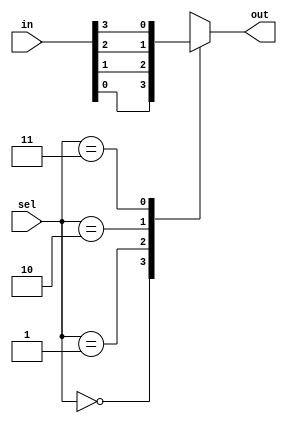
/****************************************************
Developer    : Devang vekariya
Module       : mux 4x1 using case statement  
Institute    : NIT Kurukshetra
Date created : 06/10/2023
********************************************************/

module mux4x1(in,sel,out);
  
  // defined input and output 
  input [3:0] in;
  input [1:0]sel;
  output reg out;
  
  
  // 4x1 mux using case 
  always @(*)
    begin
      
      case (sel)
        
        2'b00 : out = in[0];
        2'b01 : out = in[1];
        2'b10 : out = in[2];
        2'b11 : out = in[3];
        default :out = 1'bx;
        
      endcase 
      
    end 
endmodule